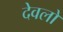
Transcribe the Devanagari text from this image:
देवलों